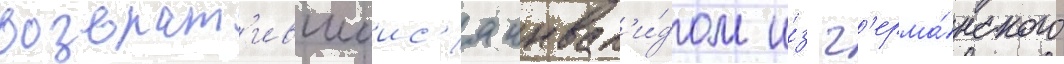
возврат'ившиис'я инвал'и́дом и́з г'ерма́нского